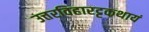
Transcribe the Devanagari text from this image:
उत्तरविहारट्टकथायं